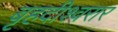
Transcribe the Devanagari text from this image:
बृहदीश्वरार